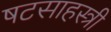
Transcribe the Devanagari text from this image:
षटसाहस्त्री